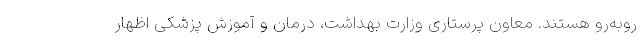
روبه‌رو هستند. معاون پرستاری وزارت بهداشت، درمان و آموزش پزشکی اظهار